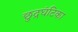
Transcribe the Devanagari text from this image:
छुद्रघंटिका